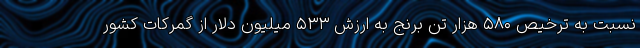
نسبت به ترخیص ۵۸۰ هزار تن برنج به ارزش ۵۳۳ میلیون دلار از گمرکات کشور